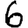
Digit: 6